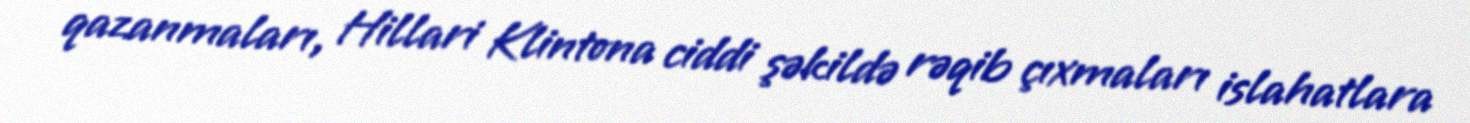
qazanmaları, Hillari Klintona ciddi şəkildə rəqib çıxmaları islahatlara